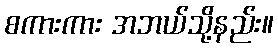
စကားကား အဘယ်သို့နည်း။